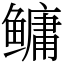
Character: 鳙